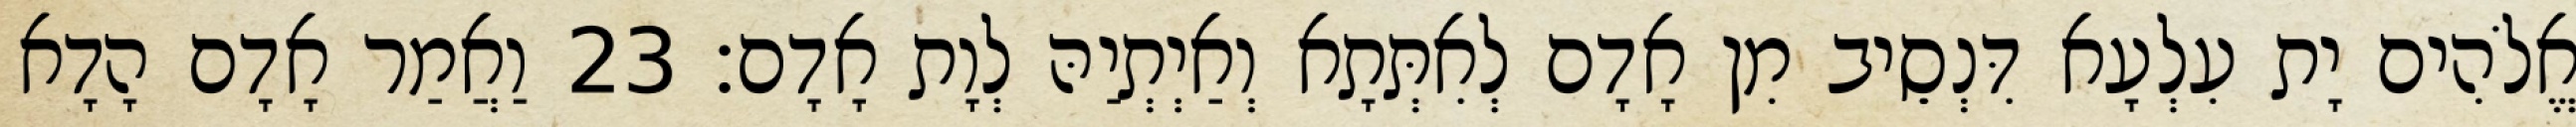
אֱלֹהִים יָת עִלְעָא דִּנְסֵיב מִן אָדָם לְאִתְּתָא וְאַיְתְיַהּ לְוָת אָדָם׃ 23 וַאֲמַר אָדָם הָדָא